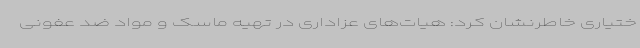
ختیاری خاطرنشان کرد: هیات‌های عزاداری در تهیه ماسک و مواد ضد عفونی